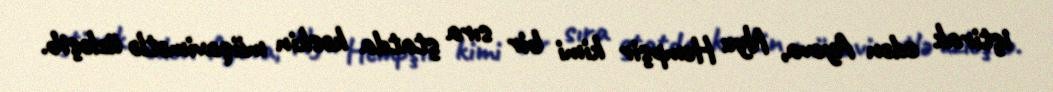
iştirak edən Ayova, Nyu Hempşir kimi bir sıra ştatda kəskin müqavimətlə üzləşib.